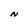
Character: N